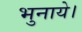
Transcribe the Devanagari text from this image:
भुनाये।